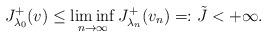
LaTeX: \begin{align*}J_{\lambda_0}^+(v)\leq \liminf_{n\to \infty}J_{\lambda_n}^+(v_n)=:\tilde{J}<+\infty.\end{align*}